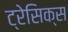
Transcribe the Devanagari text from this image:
ट्रेसिक्स